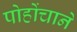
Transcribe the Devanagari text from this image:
पोहोंचाने